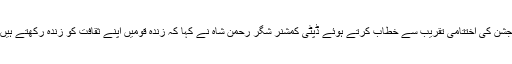
جشن کی اختتامی تقریب سے خطاب کرتے ہوئے ڈپٹی کمشنر شگر رحمن شاہ نے کہا کہ زندہ قومیں اپنے ثقافت کو زندہ رکھتے ہیں۔